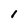
Character: I